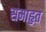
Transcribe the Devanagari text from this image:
समाहृत